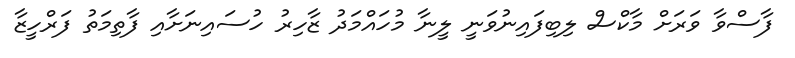
ފާސްވާ ވަރަށް މާކްސް ލިބިފައިނުވަނީ ލީނާ މުހައްމަދު ޒާހިރު ހުސައިނަށާއި ފާތިމަތު ފަރްހީޒާ